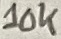
Text: 10K